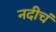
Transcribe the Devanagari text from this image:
नदीचं